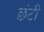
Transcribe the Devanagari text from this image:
छंटी